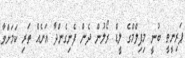
ޕަރިނީތީ ބުނީ މިފިލްމްގެ ލީޑް ރޯލުން ދެން ފެނިގެންދާ އަނެއް ތަރި ކަމަށްވާ